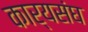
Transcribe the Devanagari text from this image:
कार्यसंघ